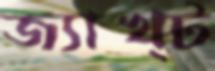
জ্যাখ্ট